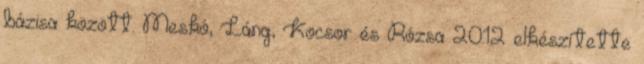
bázisa között. Meskó, Láng, Kocsor és Rózsa 2012 elkészítette